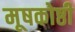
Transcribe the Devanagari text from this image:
मूषकोष्ठी